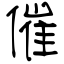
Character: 催